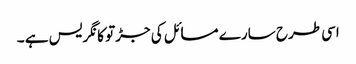
اسی طرح سارے مسائل کی جڑتو کانگریس ہے ۔